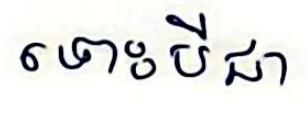
ទោះបីជា